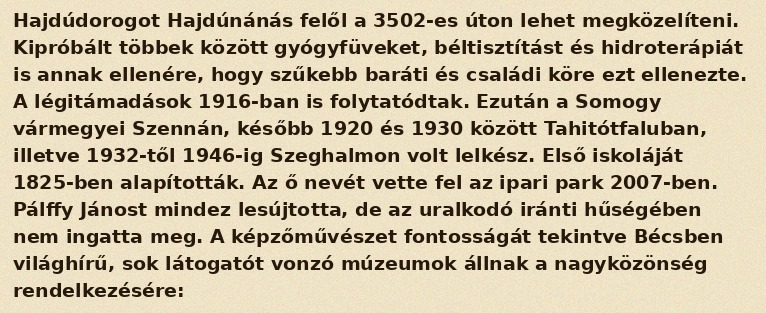
Hajdúdorogot Hajdúnánás felől a 3502-es úton lehet megközelíteni. Kipróbált többek között gyógyfüveket, béltisztítást és hidroterápiát is annak ellenére, hogy szűkebb baráti és családi köre ezt ellenezte. A légitámadások 1916-ban is folytatódtak. Ezután a Somogy vármegyei Szennán, később 1920 és 1930 között Tahitótfaluban, illetve 1932-től 1946-ig Szeghalmon volt lelkész. Első iskoláját 1825-ben alapították. Az ő nevét vette fel az ipari park 2007-ben. Pálffy Jánost mindez lesújtotta, de az uralkodó iránti hűségében nem ingatta meg. A képzőművészet fontosságát tekintve Bécsben világhírű, sok látogatót vonzó múzeumok állnak a nagyközönség rendelkezésére: